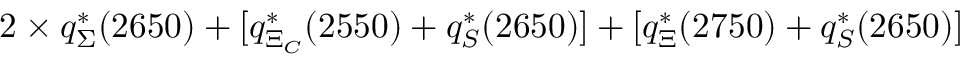
2 \times q _ { \Sigma } ^ { \ast } ( 2 6 5 0 ) + [ q _ { \Xi _ { C } } ^ { \ast } ( 2 5 5 0 ) + q _ { S } ^ { \ast } ( 2 6 5 0 ) ] + [ q _ { \Xi } ^ { \ast } ( 2 7 5 0 ) + q _ { S } ^ { \ast } ( 2 6 5 0 ) ]